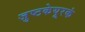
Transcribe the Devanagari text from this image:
जुष्टकेयूरकं